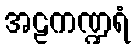
အဠကဏ္ဍရံ